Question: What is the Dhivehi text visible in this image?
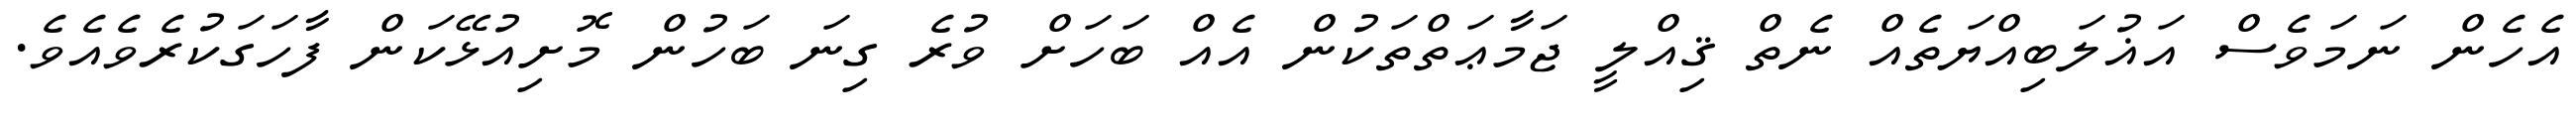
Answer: އެހެން ނަމަވެސް އަޣުލަބިއްޔަތެއް ނެތް ޤިއްލީ ޖަމާޢަތްތަކުން އެއް ބަހަށް ވުރެ ގިނަ ބަހުން މޮށިއުޅޭކަން ފާހަގަކުރެވެއެވެ.